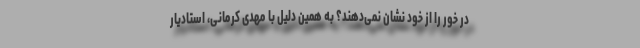
در خور را از خود نشان نمی‌دهند؟ به همین دلیل با مهدی کرمانی، استادیار